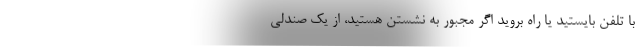
با تلفن بایستید یا راه بروید اگر مجبور به نشستن هستید، از یک صندلی